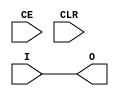
`timescale 1ns / 1ns
// pathetic model of Xilinx BUFR primitive
// thrown together for linting purposes; could be made much better

module BUFR #(
	parameter SIM_DEVICE="7SERIES",
	parameter BUFR_DIVIDE=1
) (
	output O,
	input I,
	input CE,
	input CLR
);
	buf b(O, I);
endmodule